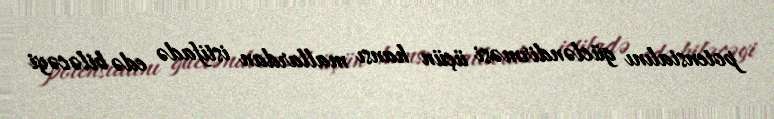
potensialını gücləndirməsi üçün hansı mallardan istifadə edə biləcəyi